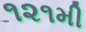
૧૨૧મી